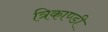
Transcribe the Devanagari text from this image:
त्रिकाण्डी